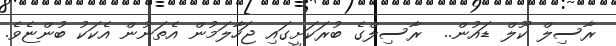
ރާސިލް ކޫލް ޑައުން..  ރާސިލްގެ ބުރަކަށީގައި ޖަހާލަމުން އެތަނުން އެކަކު ބުންޏެވެ.